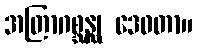
အတြာဂစ္ဆန္ထု ဒေဝတာ။